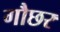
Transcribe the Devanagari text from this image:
गौछर